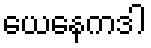
ယေနေကဒါ